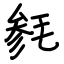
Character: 毵